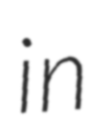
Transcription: in